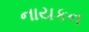
નાયકન